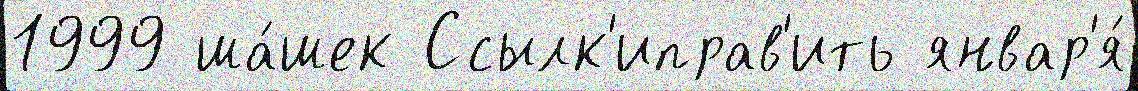
1999 ша́шек Ссылк'иправ'ить январ'я́